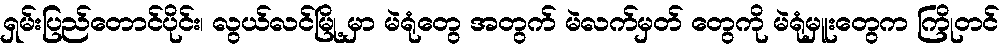
ရှမ်းပြည်တောင်ပိုင်း၊ လွယ်လင်မြို့ မှာ မဲရုံတွေ အတွက် မဲလက်မှတ် တွေကို မဲရုံမှူးတွေက ကြိုတင်